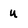
Character: u